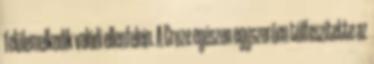
felülemelkedik valódi ellenfelein. A Cruze egészen egyszerűen túlfeszítette az